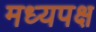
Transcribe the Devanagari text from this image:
मध्यपक्ष